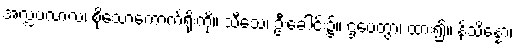
အလ္လပလာလံ၊ စိုသောကောက်ရိုးကို။ သီသေ၊ ဦးခေါင်း၌။ ဌပေတွာ၊ ထား၍။ နိသိန္နော၊